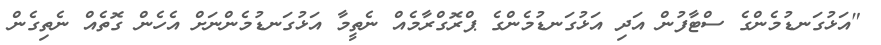
"އަޅުގަނޑުމެންގެ ސްޓާފުން އަދި އަޅުގަނޑުމެންގެ ޕްރޮގްރާމެއް ނެތީމާ އަޅުގަނޑުމެންނަށް އެހެން ގޮތެއް ނެތިގެން